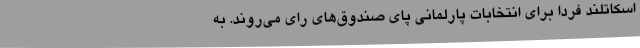
اسکاتلند فردا برای انتخابات پارلمانی پای صندوق‌های رای می‌روند. به